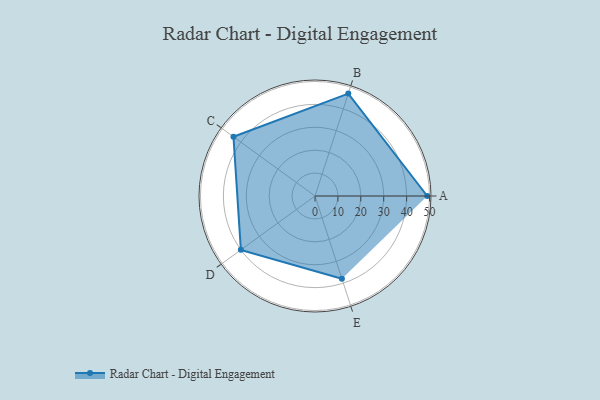
{"axis": {"x": "Skill", "y": "Score"}, "legend": ["Profile"], "data": [{"x": "A", "y": 49.0, "type": "Profile"}, {"x": "B", "y": 47.0, "type": "Profile"}, {"x": "C", "y": 44.0, "type": "Profile"}, {"x": "D", "y": 40.0, "type": "Profile"}, {"x": "E", "y": 38.0, "type": "Profile"}]}